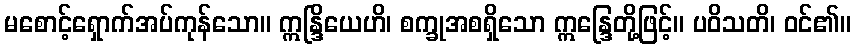
မစောင့်ရှောက်အပ်ကုန်သော။ ဣန္ဒြိယေဟိ၊ စက္ခုအစရှိသော ဣန္ဒြေတို့ဖြင့်။ ပဝိသတိ၊ ဝင်၏။